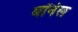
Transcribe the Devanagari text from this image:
बॉनेल